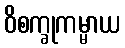
ဝိစက္ခုကမ္မာယ